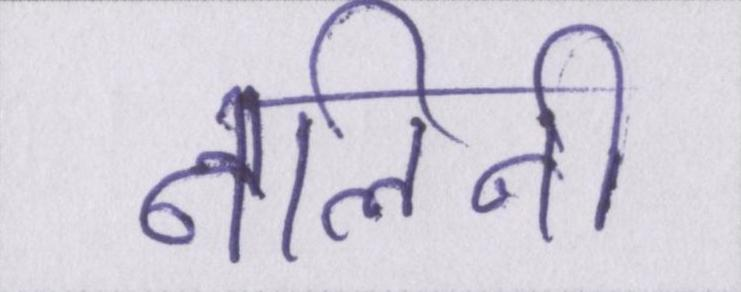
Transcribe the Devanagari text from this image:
नलिनी